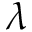
\lambda